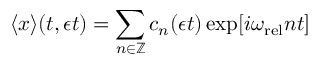
\langle x \rangle ( t , \epsilon t ) = \sum _ { n \in \mathbb { Z } } c _ { n } ( \epsilon t ) \exp [ i \omega _ { \mathrm { r e l } } n t ]